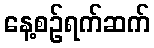
နေ့စဉ်ရက်ဆက်